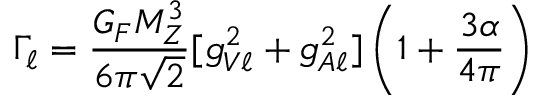
\Gamma _ { \ell } = \frac { G _ { F } M _ { Z } ^ { 3 } } { 6 \pi \sqrt { 2 } } [ g _ { V \ell } ^ { 2 } + g _ { A \ell } ^ { 2 } ] \left( 1 + \frac { 3 \alpha } { 4 \pi } \right)